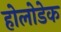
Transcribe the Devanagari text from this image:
होलोडेक